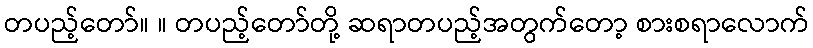
တပည့်တော်။ ။ တပည့်တော်တို့ ဆရာတပည့်အတွက်တော့ စားစရာလောက်